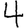
Digit: 4